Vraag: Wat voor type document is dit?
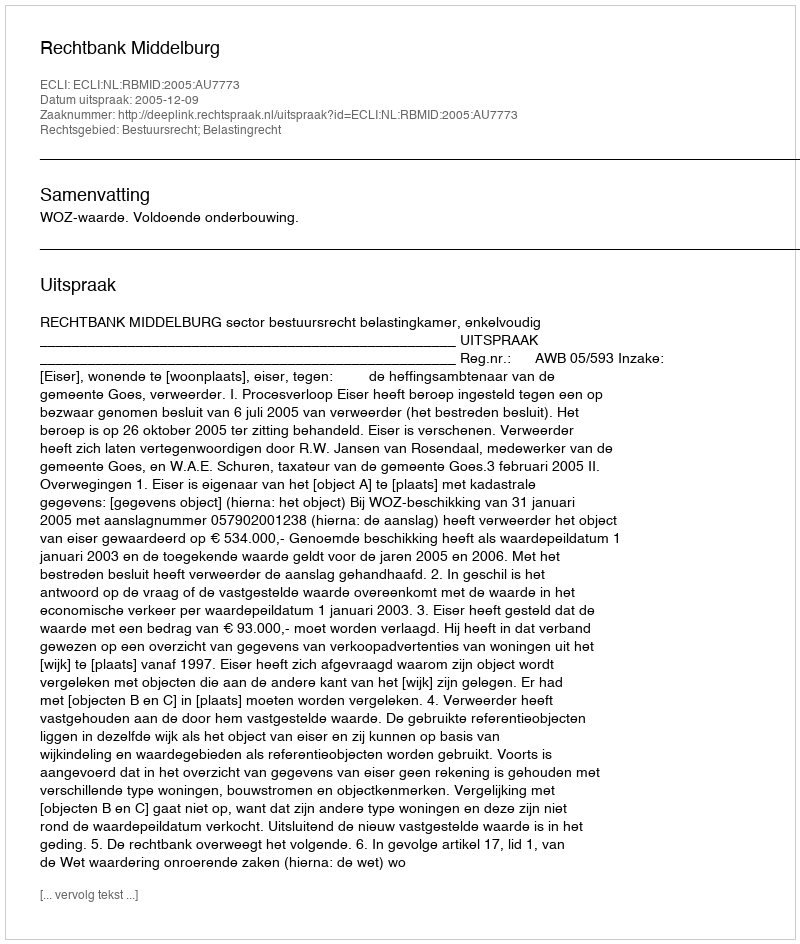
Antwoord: Uitspraak